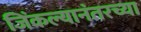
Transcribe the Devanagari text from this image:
जिंकल्यानंतरच्या